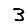
Digit: 3